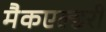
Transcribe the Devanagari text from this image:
मैकएल्डरी